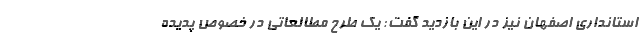
استانداری اصفهان نیز در این بازدید گفت: یک طرح مطالعاتی در خصوص پدیده